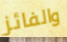
والفائز